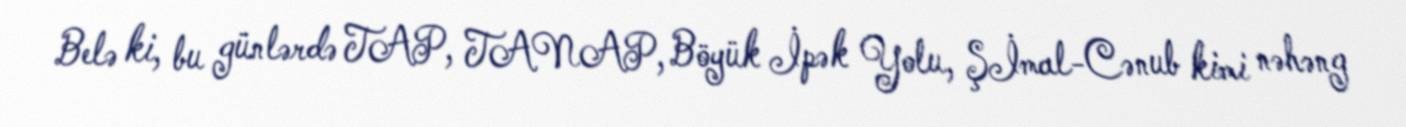
Belə ki, bu günlərdə TAP, TANAP, Böyük İpək Yolu, Şİmal-Cənub kimi nəhəng